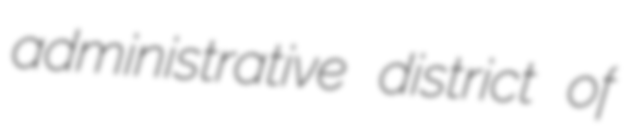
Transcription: administrative district of